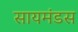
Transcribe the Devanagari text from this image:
सायमंडस